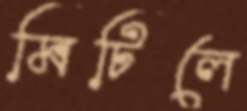
মিটিলে